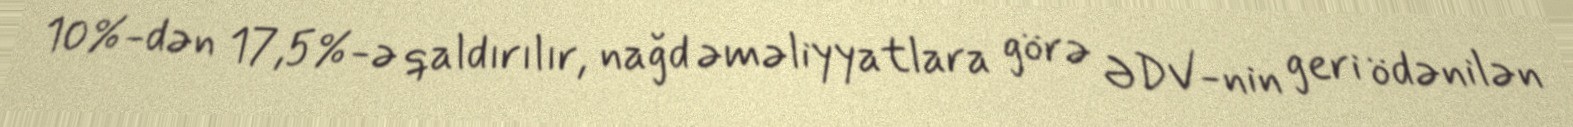
10%-dən 17,5%-ə qaldırılır, nağd əməliyyatlara görə ƏDV-nin geri ödənilən